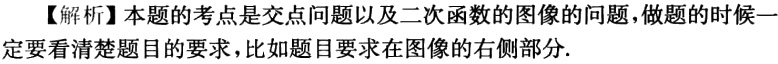
【解析】本题的考点是交点问题以及二次函数的图像的问题，做题的时候一定要看清楚题目的要求，比如题目要求在图像的右侧部分.